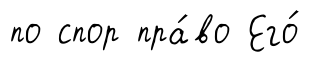
по спор пра́во Его́